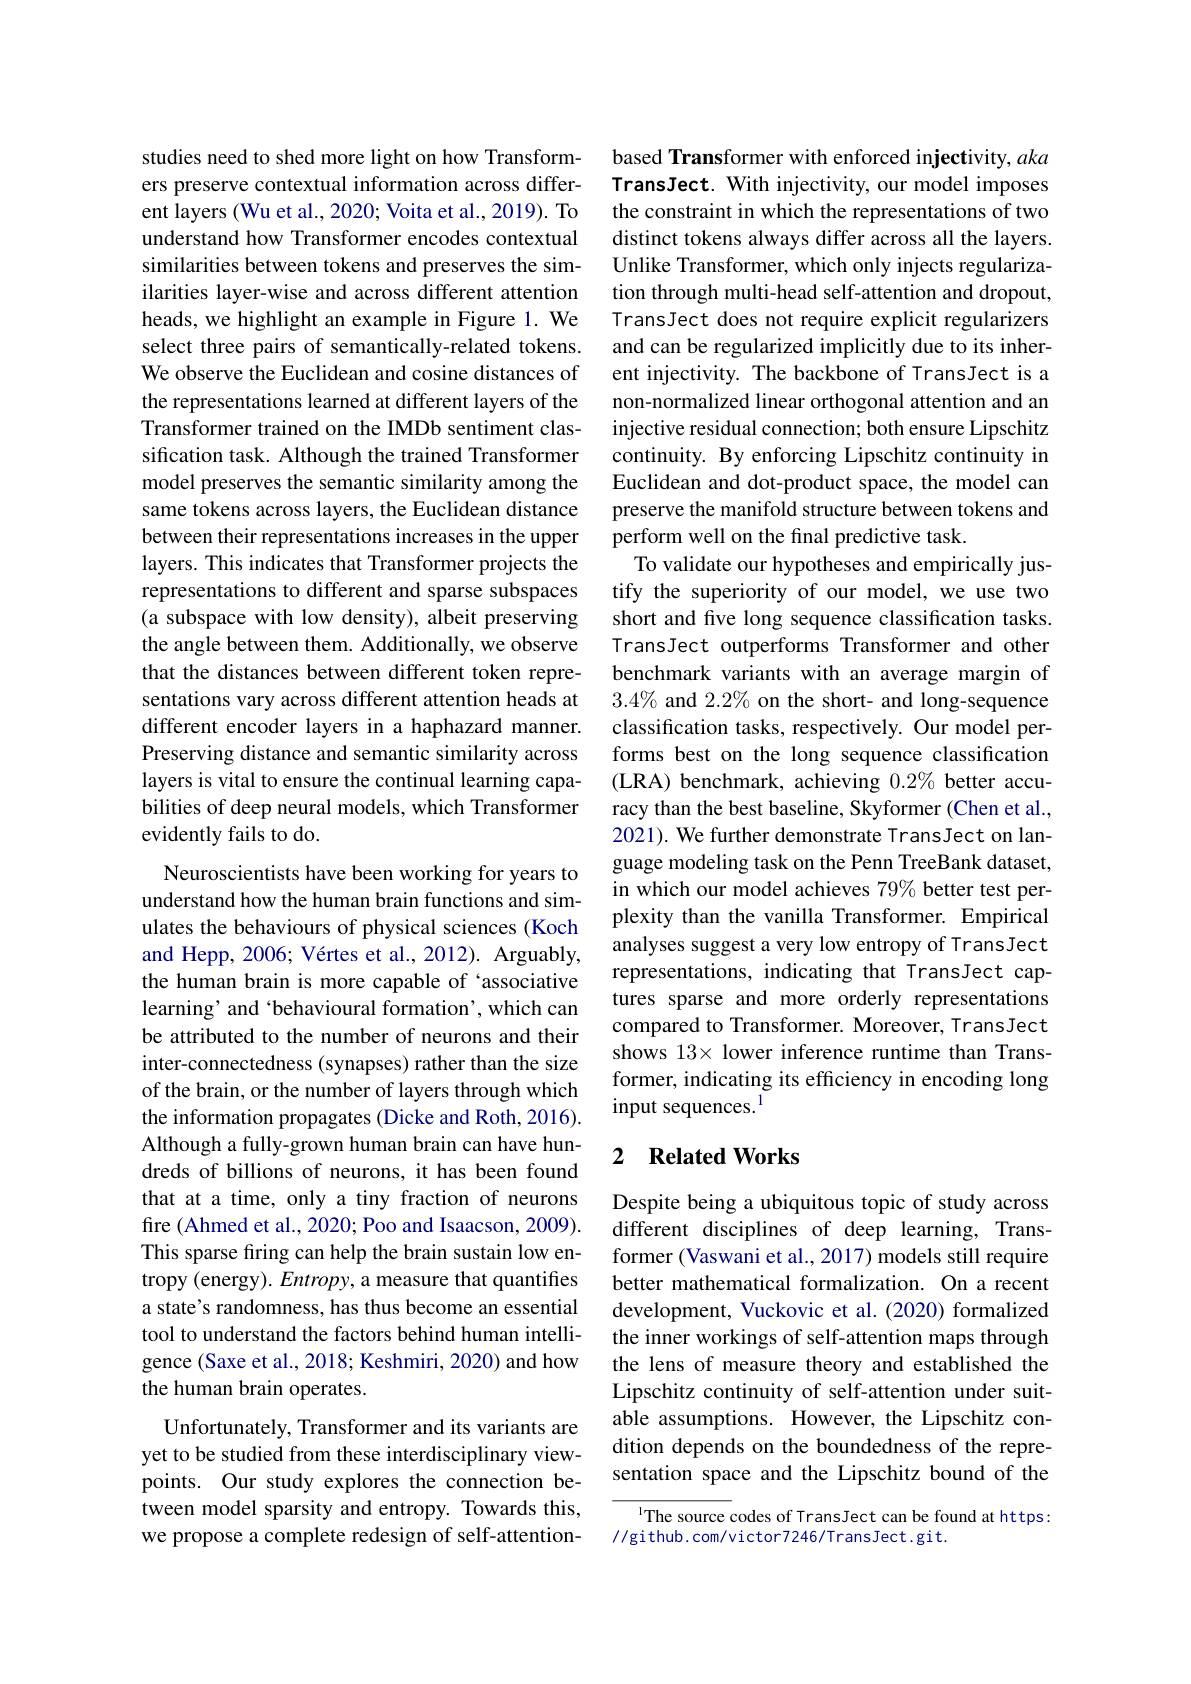
studies need to shed more light on how Transformers preserve contextual information across different layers (Wu et al., 2020; Voita et al., 2019). To understand how Transformer encodes contextual similarities between tokens and preserves the similarities layer-wise and across different attention heads, we highlight an example in Figure 1. We select three pairs of semantically-related tokens. We observe the Euclidean and cosine distances of the representations learned at different layers of the Transformer trained on the IMDb sentiment classification task. Although the trained Transformer model preserves the semantic similarity among the same tokens across layers, the Euclidean distance between their representations increases in the upper layers. This indicates that Transformer projects the representations to different and sparse subspaces (a subspace with low density), albeit preserving the angle between them. Additionally, we observe that the distances between different token representations vary across different attention heads at different encoder layers in a haphazard manner. Preserving distance and semantic similarity across layers is vital to ensure the continual learning capabilities of deep neural models, which Transformer evidently fails to do.
Neuroscientists have been working for years to understand how the human brain functions and simulates the behaviours of physical sciences (Koch and Hepp, 2006; Vértes et al., 2012). Arguably, the human brain is more capable of ‘associative learning’ and‘behavioural formation’, which can be attributed to the number of neurons and their inter-connectedness (synapses) rather than the size of the brain, or the number of layers through which the information propagates (Dicke and Roth, 2016). Although a fully-grown human brain can have hundreds of billions of neurons, it has been found that at a time, only a tiny fraction of neurons fire (Ahmed et al., 2020; Poo and Isaacson, 2009). This sparse fring can help the brain sustain low entropy (energy). Entropy, a measure that quantifies a state's randomness, has thus become an essential tool to understand the factors behind human intelligence (Saxe et al., 2018; Keshmiri, 2020) and how the human brain operates.
Unfortunately, Transformer and its variants are yet to be studied from these interdisciplinary viewpoints. Our study explores the connection between model sparsity and entropy. Towards this, we propose a complete redesign of self-attention-

based Transformer with enforced injectivity, aka TransJect. With injectivity, our model imposes the constraint in which the representations of two distinct tokens always differ across all the layers. Unlike Transformer, which only injects regularization through multi-head self-attention and dropout, TransJect does not require explicit regularizers and can be regularized implicitly due to its inherent injectivity. The backbone of TransJect is a non-normalized linear orthogonal attention and an injective residual connection; both ensure Lipschitz continuity. By enforcing Lipschitz continuity in Euclidean and dot-product space, the model can preserve the manifold structure between tokens and perform well on the final predictive task.
To validate our hypotheses and empirically justify the superiority of our model, we use two short and five long sequence classification tasks. TransJect outperforms Transformer and other benchmark variants with an average margin of $3.4\%$ and 2.2% on the short- and long-sequence classification tasks, respectively. Our model performs best on the long sequence classification (LRA) benchmark, achieving $0.2\%$ better accuracy than the best baseline, Skyformer (Chen et al., 2021). We further demonstrate TransJect on language modeling task on the Penn TreeBank dataset, in which our model achieves $79\%$ better test perplexity than the vanilla Transformer. Empirical analyses suggest a very low entropy of TransJect representations, indicating that TransJect captures sparse and more orderly representations compared to Transformer. Moreover, TransJect shows 13× lower inference runtime than Transformer, indicating its efficiency in encoding long input sequences.$^{1}$

## 2 Related Works

Despite being a ubiquitous topic of study across different disciplines of deep learning, Transformer (Vaswani et al., 2017) models still require better mathematical formalization. On a recent development, Vuckovic et al. (2020) formalized the inner workings of self-attention maps through the lens of measure theory and established the Lipschitz continuity of self-attention under suitable assumptions. However, the Lipschitz condition depends on the boundedness of the representation space and the Lipschitz bound of the

$^{\mathrm{l}}$The source codes of TransJect can be found at https:
//github.com/victor7246/TransJect.git.